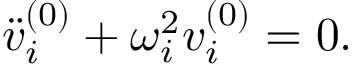
\ddot { v } _ { i } ^ { ( 0 ) } + \omega _ { i } ^ { 2 } v _ { i } ^ { ( 0 ) } = 0 .